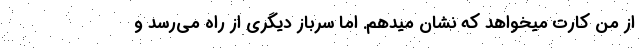
از من کارت میخواهد که نشان میدهم. اما سرباز دیگری از راه می‌رسد و